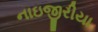
નાઇજીરીયા